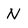
Character: N